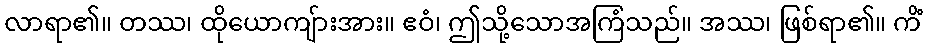
လာရာ၏။ တဿ၊ ထိုယောကျ်ားအား။ ဧဝံ၊ ဤသို့သောအကြံသည်။ အဿ၊ ဖြစ်ရာ၏။ ကိံ